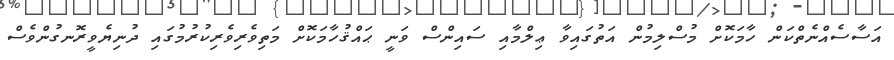
އަސާސެއްނެތްކަން ހާމަކޮށް މުސްލިމުން އަތުގައިވާ ޢިލްމާއި ސައިންސް ވަނީ ޙައްޤުހާމަކޮށް މަތިވެރިވެރިކުރުމުގައި ދުނިޔެވީރޮނގުންވެސް